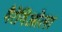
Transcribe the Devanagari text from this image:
गैरेगिओला